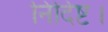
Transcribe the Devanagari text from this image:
निर्दिष्ट।